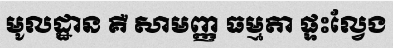
មូលដ្ឋាន គឺ សាមញ្ញ ធម្មតា ផ្ទះល្វែង